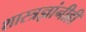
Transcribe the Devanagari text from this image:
शास्त्रज्ञांनीही